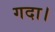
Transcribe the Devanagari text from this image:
गदा।